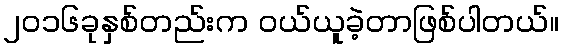
၂၀၁၆ခုနှစ်တည်းက ဝယ်ယူခဲ့တာဖြစ်ပါတယ်။